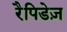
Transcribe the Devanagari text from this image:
रैपिडेज़